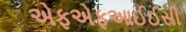
એફએફઆઈઈસી